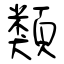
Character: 類